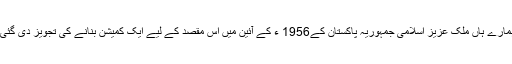
ہمارے ہاں ملک عزیز اسلامی جمہوریہ پاکستان کے1956 ء کے آئین میں اس مقصد کے لیے ایک کمیشن بنانے کی تجویز دی گئی۔